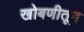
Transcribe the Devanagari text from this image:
खोबणीतून